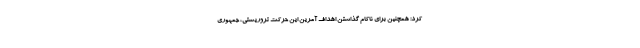
کرد: همچنین برای ناکام گذاشتن اهداف آمرین این حرکت تروریستی، جمهوری